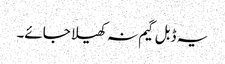
یہ ڈبل گیم نہ کھیلا جائے۔